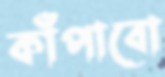
কাঁপাবো